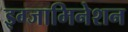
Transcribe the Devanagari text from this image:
इग्जामिनेशन